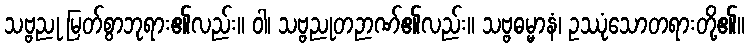
သဗ္ဗညု မြတ်စွာဘုရား၏လည်း။ ဝါ၊ သဗ္ဗညုတဉာဏ်၏လည်း။ သဗ္ဗဓမ္မာနံ၊ ဥဿုံသောတရားတို့၏။